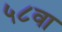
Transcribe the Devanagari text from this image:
५८वा